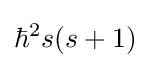
\hbar ^{2}s(s+1)